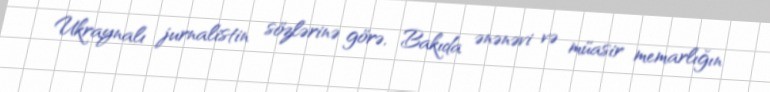
Ukraynalı jurnalistin sözlərinə görə, Bakıda ənənəvi və müasir memarlığın